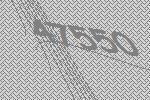
47550